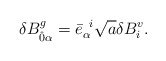
\begin{align*}\delta B^{g}_{\hat{0}\alpha}= {\bar{e}}_{\alpha}^{\;\;i} \sqrt{a}\delta B^{v}_{i}.\end{align*}